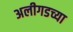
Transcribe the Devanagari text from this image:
अलीगडच्या